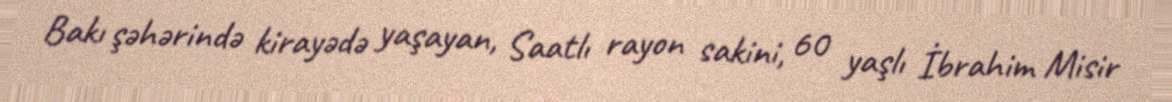
Bakı şəhərində kirayədə yaşayan, Saatlı rayon sakini, 60 yaşlı İbrahim Misir